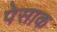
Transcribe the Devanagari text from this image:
पेसाक